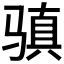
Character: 𩨋